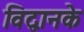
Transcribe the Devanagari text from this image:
विद्वानके